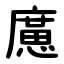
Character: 㢜